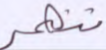
تنهر